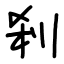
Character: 剎